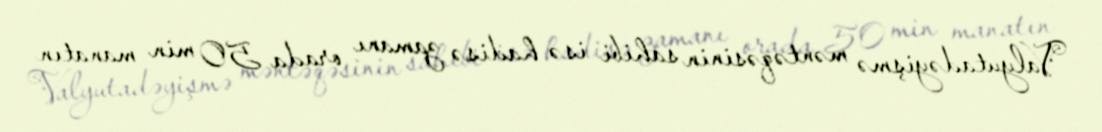
Valyutadəyişmə məntəqəsinin sahibi isə hadisə zamanı orada 50 min manatın